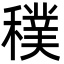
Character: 穙